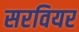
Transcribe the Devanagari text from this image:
सरवियर